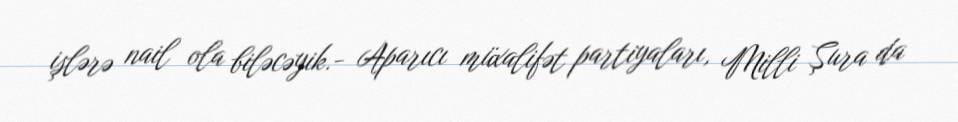
işlərə nail ola biləcəyik.- Aparıcı müxalifət partiyaları, Milli Şura da